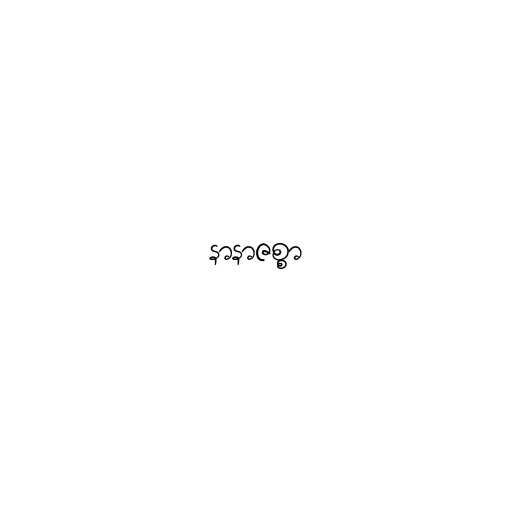
နာနာဇစ္စာ